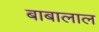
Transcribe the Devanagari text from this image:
बाबालाल